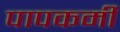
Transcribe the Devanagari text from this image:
पापकर्मी